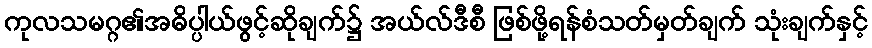
ကုလသမဂ္ဂ၏အဓိပ္ပါယ်ဖွင့်ဆိုချက်၌ အယ်လ်ဒီစီ ဖြစ်ဖို့ရန်စံသတ်မှတ်ချက် သုံးချက်နှင့်